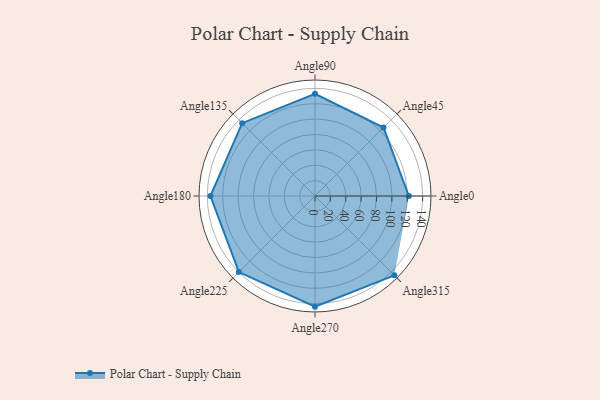
{"axis": {"x": "Angle", "y": "Radius"}, "legend": [""], "data": [{"x": "Angle0", "y": 122.0, "type": ""}, {"x": "Angle45", "y": 126.0, "type": ""}, {"x": "Angle90", "y": 133.0, "type": ""}, {"x": "Angle135", "y": 134.0, "type": ""}, {"x": "Angle180", "y": 136.0, "type": ""}, {"x": "Angle225", "y": 140.0, "type": ""}, {"x": "Angle270", "y": 144.0, "type": ""}, {"x": "Angle315", "y": 146.0, "type": ""}]}